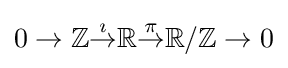
0\to \mathbb {Z} {\stackrel {\imath }{\to }}\mathbb {R} {\stackrel {\pi }{\to }}\mathbb {R} /\mathbb {Z} \to 0